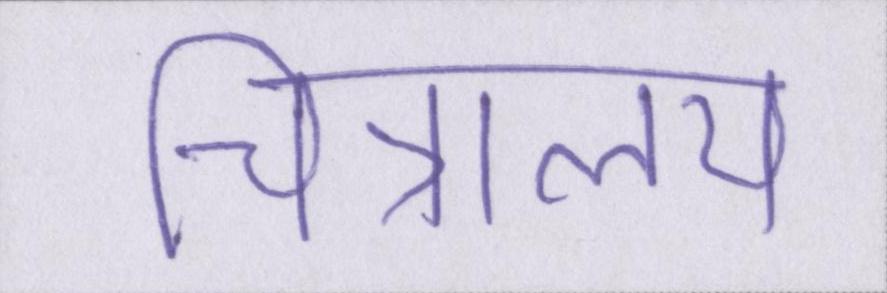
चित्रालय